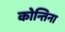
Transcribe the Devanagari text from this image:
कोन्तिना